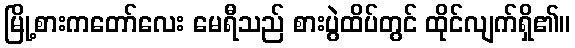
မြို့စားကတော်လေး မေရီသည် စားပွဲထိပ်တွင် ထိုင်လျက်ရှိ၏။